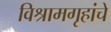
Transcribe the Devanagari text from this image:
विश्रामगृहांचे